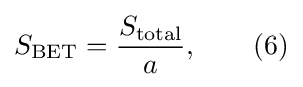
S_{\mathrm {BET} }={\frac {S_{\mathrm {total} }}{a}},\qquad (6)